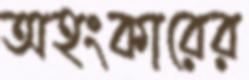
অহংকারের